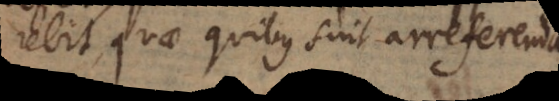
rebit, quae quibus sint arreferenda